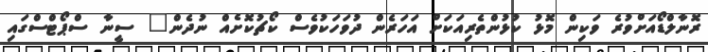
ރޮނާލްޑޯއަށްވުރެ ވަކިން މޮޅު ކުޅުންތެރިއަކަށް އަހަރެން ދުވަހަކުވެސް ކޯޗުކޮށެއް ނުދެން" ސީނާ ސްޕޯޓްސްގައި